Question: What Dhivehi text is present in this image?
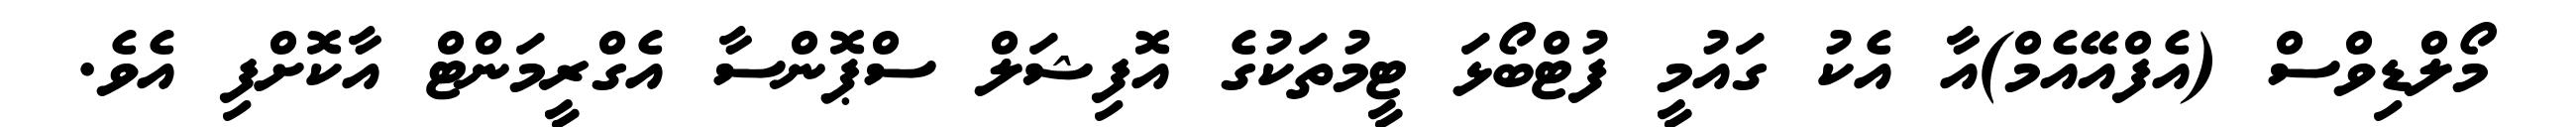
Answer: މޯލްޑިވްސް (އެފްއޭއެމް)އާ އެކު ގައުމީ ފުޓްބޯޅަ ޓީމުތަކުގެ އޮފިޝަލް ސްޕޮންސާ އެގްރީމަންޓް އާކޮށްފި އެވެ.